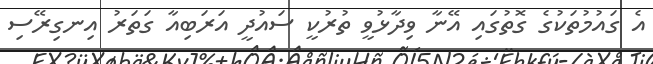
އެ ގައުމުތަކުގެ ގޮތުގައި އޭނާ ވިދާޅުވީ ތުރުކީ ސައުދީ އަރަބިއާ ގަތަރު އިނގިރޭސި